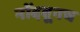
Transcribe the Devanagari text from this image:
नोंदवूनच